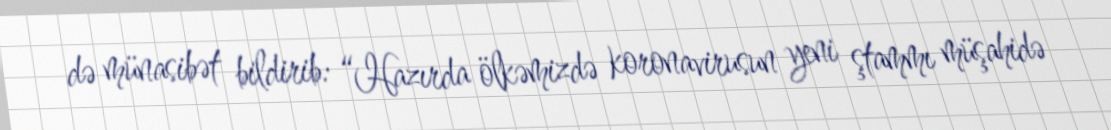
də münasibət bildirib: “Hazırda ölkəmizdə koronavirusun yeni ştammı müşahidə